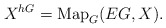
\begin{align*}X^{hG} = \mathrm{Map}_G(EG, X).\end{align*}